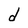
Character: d